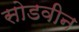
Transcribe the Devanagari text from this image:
सोडवीन